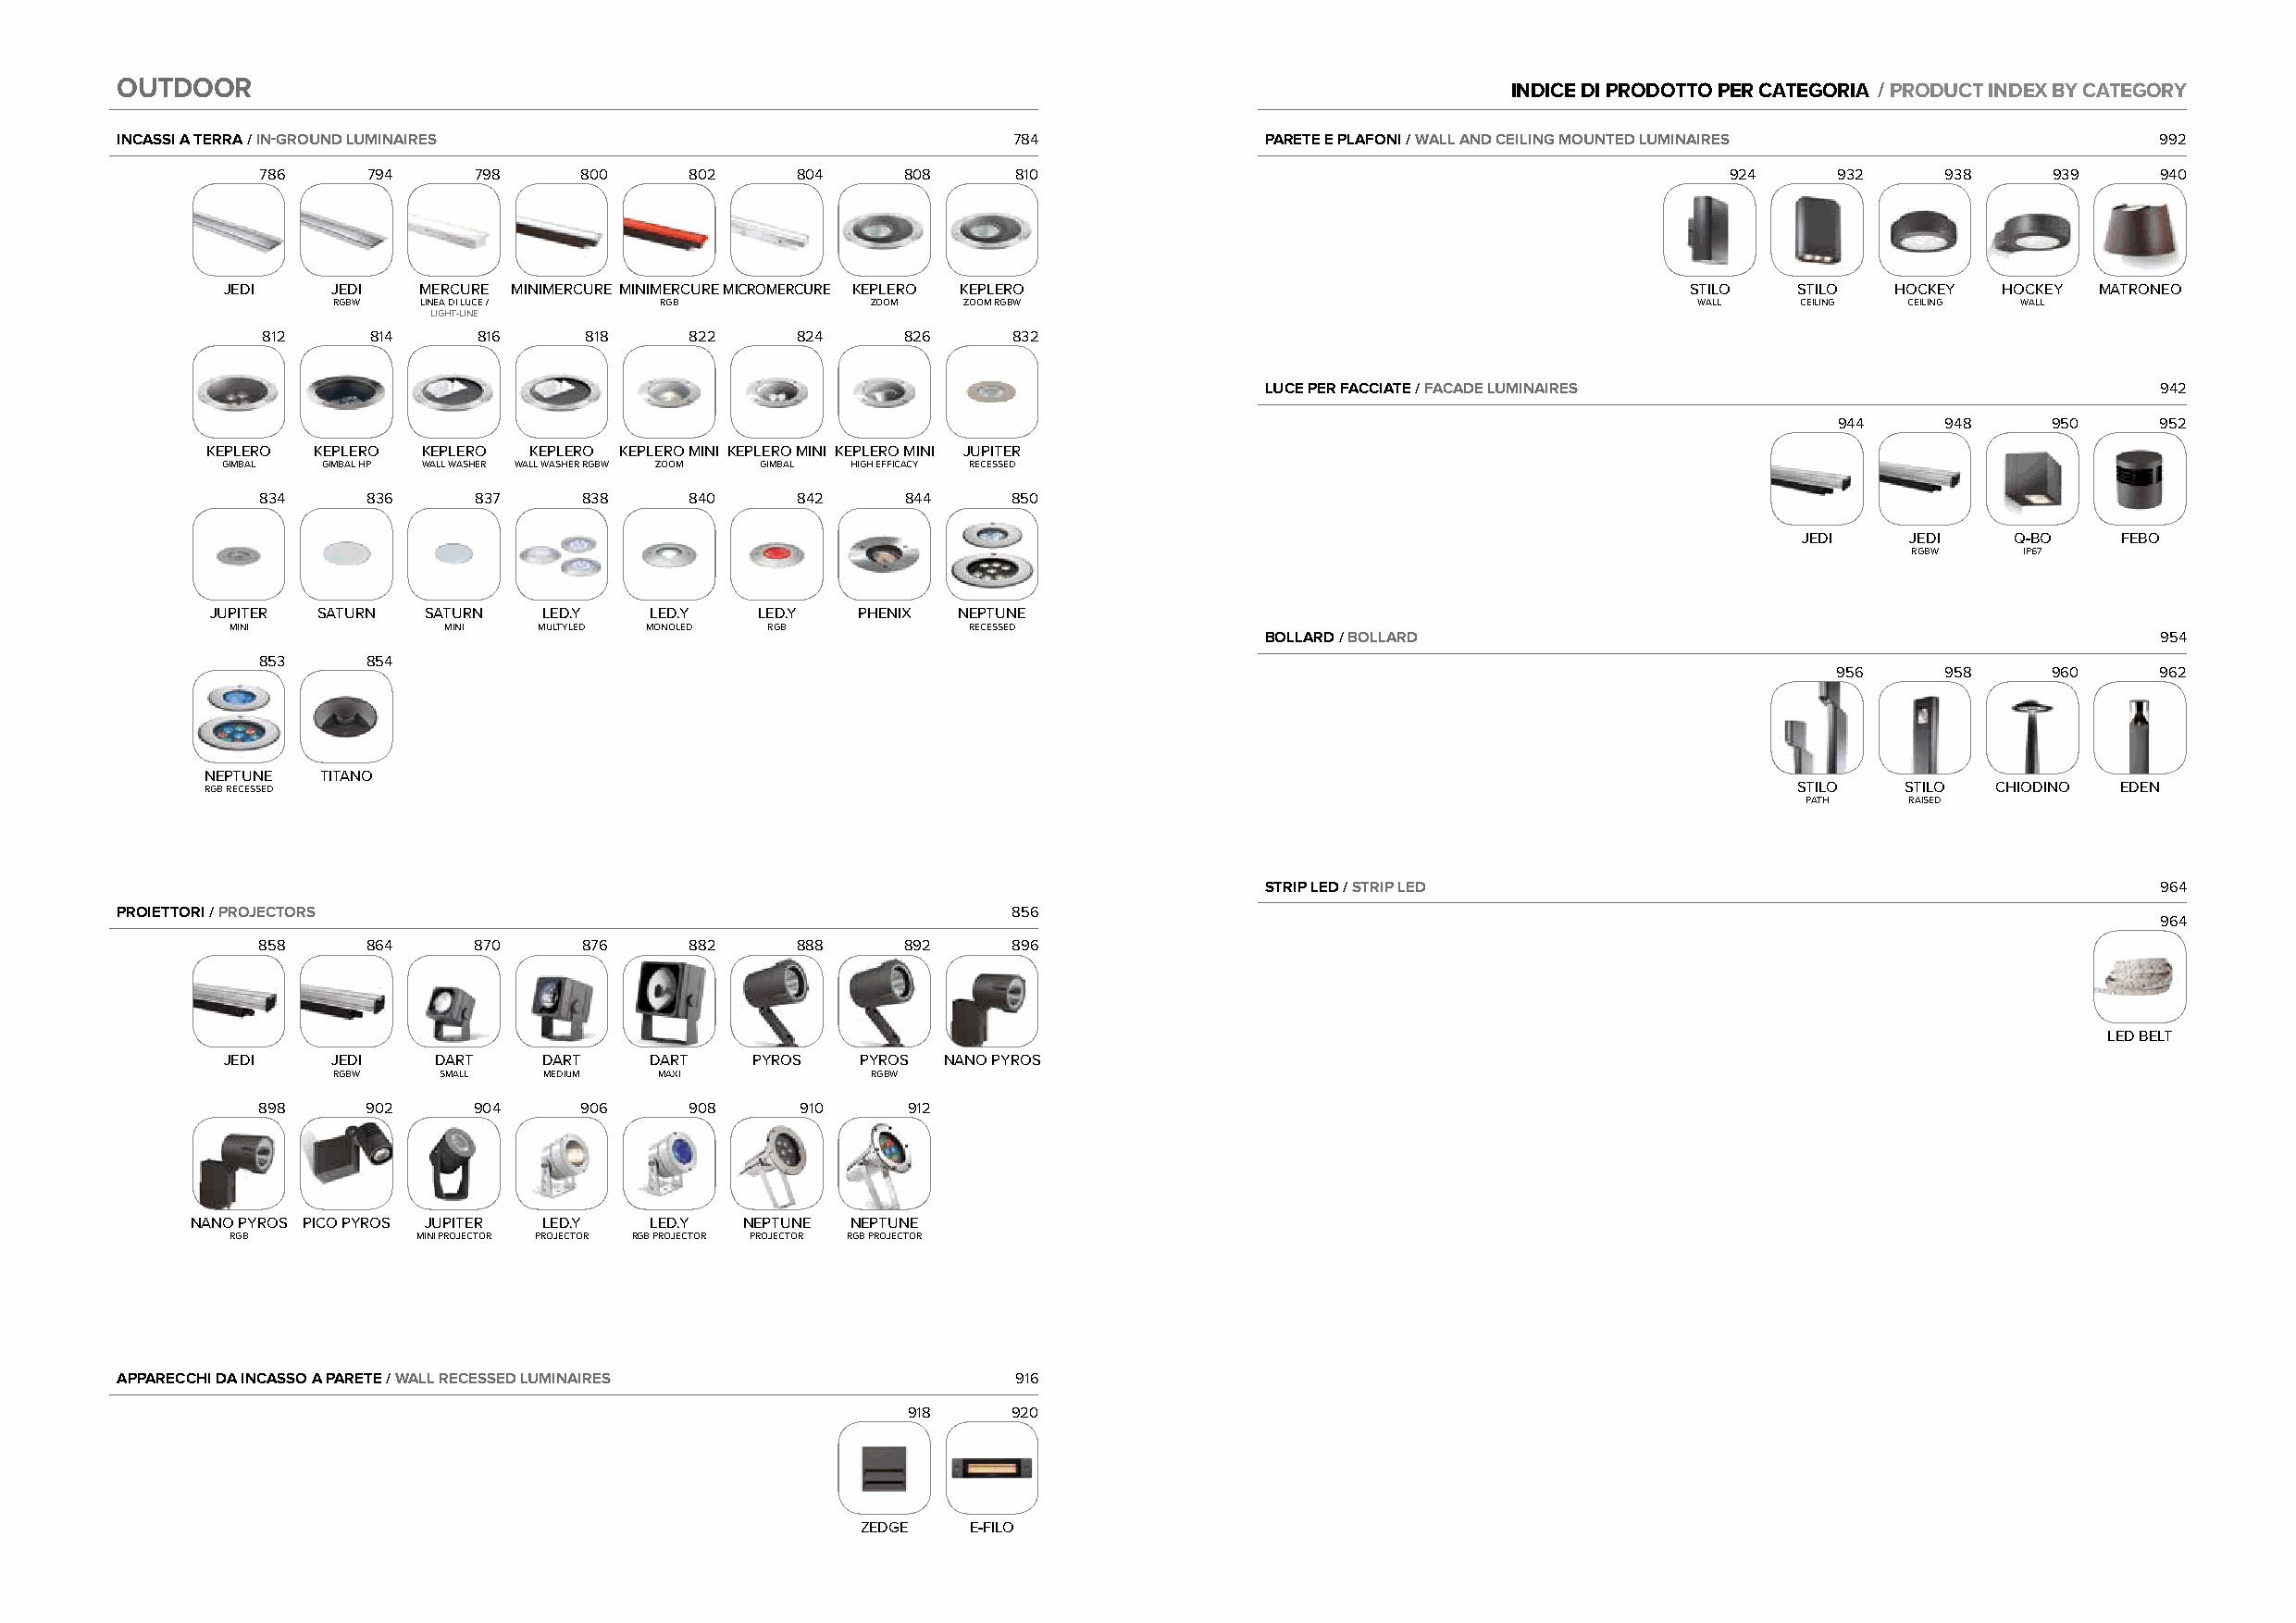
OOUUTTDDOOOORR                                                                                      INDICE DI PRODOTTO PER CATEGORIA / PRODUCT INDEX BY CATEGORY
 INCASSI A TERRA / IN-GROUND LUMINAIRES                          784               PARETE E PLAFONI / WALL AND CEILING MOUNTED LUMINAIRES          992
 786    794     798     800    802     804     808     810                                                924    932     938     939    940
 JEDI    JEDI  MERCURE MINIMERCURE MINIMERCUREMICROMERCURE KEPLERO KEPLERO                                STILO   STILO HOCKEY  HOCKEY MATRONEO
 RGBW  LINEA DI LUCE /  RGB            ZOOM   ZOOM RGBW                                           WALL    CEILING CEILING WALL
 LIGHT-LINE
 812    814     816     818    822     824     826    832
 LUCE PER FACCIATE / FACADE LUMINAIRES                           942
 944     948     950    952
 KEPLERO KEPLERO KEPLERO KEPLERO KEPLERO MINI KEPLERO MINI KEPLERO MINI JUPITER
 GIMBAL GIMBAL HP WALL WASHER WALL WASHER RGBW ZOOM GIMBAL HIGH EFFICACY RECESSED
 834    836     837     838    840     842     844    850
 JEDI    JEDI   Q-BO    FEBO
 RGBW    IP67
 JUPITER SATURN SATURN   LED.Y  LED.Y   LED.Y  PHENIX  NEPTUNE
 MINI            MINI  MULTYLED MONOLED RGB           RECESSED
 BOLLARD / BOLLARD                                               954
 853    854
 956     958     960    962
 NEPTUNE TITANO
 RGB RECESSED                                                                                                      STILO  STILO  CHIODINO EDEN
 PATH    RAISED
 STRIP LED / STRIP LED                                           964
 PROIETTORI / PROJECTORS                                         856
 964
 858     864     870     876    882     888     892    896
 LED BELT
 JEDI    JEDI   DART    DART   DART    PYROS   PYROS NANO PYROS
 RGBW   SMALL   MEDIUM  MAXI           RGBW
 898     902     904     906    908     910     912
 NANO PYROS PICO PYROS JUPITER LED.Y LED.Y NEPTUNE NEPTUNE
 RGB           MINI PROJECTOR PROJECTOR RGB PROJECTOR PROJECTOR RGB PROJECTOR
 APPARECCHI DA INCASSO A PARETE / WALL RECESSED LUMINAIRES        916
 918    920
 ZEDGE  E-FILO